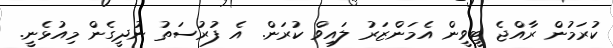
ކުރަމުން ރާއްޖެ ޓީވީން އެމަންޒަރު ލައިވް ކުރަން. އެ ފުރުސަތު ނުދީގެން މިއުޅެނީ.